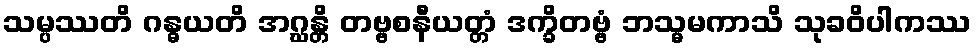
သမ္ပဿတိ ဂန္ဓယတိ အဂ္ဃန္တိ တဗ္ဗစနီယတ္တံ ဒက္ခိတဗ္ဗံ ဘသ္မမကာသိ သုခဝိပါကဿ